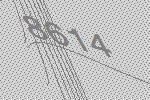
8614